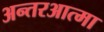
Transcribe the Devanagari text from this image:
अन्तरआत्मा